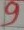
Text: 9